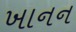
ખાનન